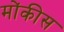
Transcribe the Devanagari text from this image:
मोंकीस